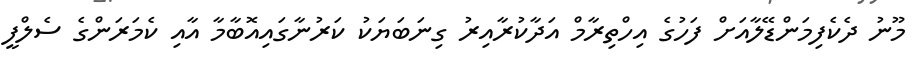
މޫނު ދެކެފިމަންޑޭލާއަށް ފަހުގެ އިހްތިރާމް އަދާކުރާއިރު ގިނަބަޔަކު ކަރުނާގައިއޮބާމާ އާއި ކެމަރަންގެ ސެލްފީ